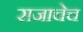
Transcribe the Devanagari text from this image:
राजाचेच